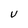
Character: U